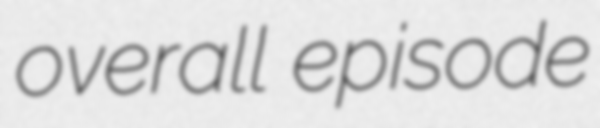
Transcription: overall episode